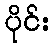
ပိုင်း